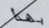
بهذا